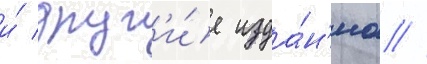
и́ друг'и́е изда́н'иа //